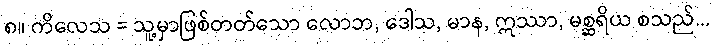
၈။ ကိလေသ = သူ့မှာဖြစ်တတ်သော လောဘ, ဒေါသ, မာန, ဣဿာ, မစ္ဆရိယ စသည်...